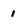
Character: 1